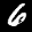
Label: 6